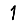
Digit: 1